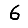
Digit: 6